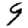
Digit: 9